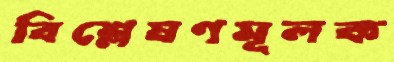
বিশ্লেষণমূলক